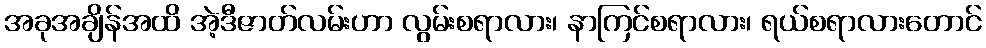
အခုအချိန်အထိ အဲ့ဒီဇာတ်လမ်းဟာ လွမ်းစရာလား၊ နာကြင်စရာလား၊ ရယ်စရာလားတောင်